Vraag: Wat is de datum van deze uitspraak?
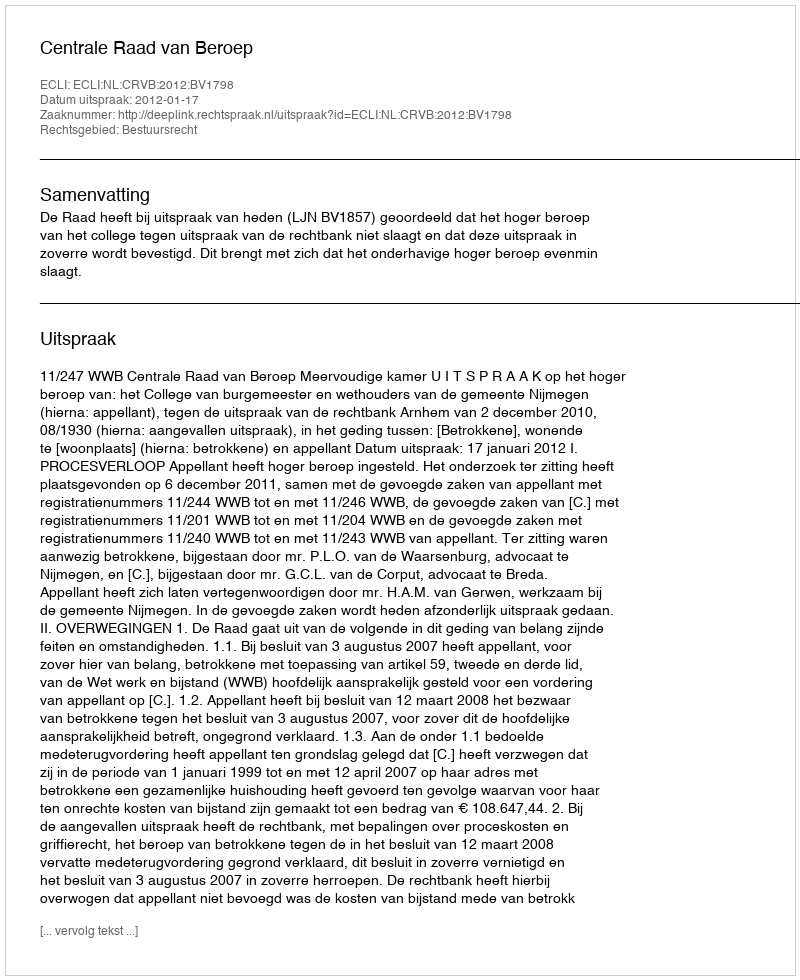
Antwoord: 2012-01-17